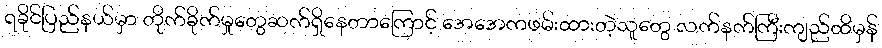
ရခိုင်ပြည်နယ်မှာ တိုက်ခိုက်မှုတွေဆက်ရှိနေတာကြောင့် အေအေကဖမ်းထားတဲ့သူတွေ လက်နက်ကြီးကျည်ထိမှန်